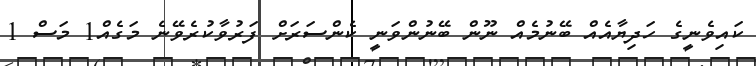
ކައިވެނީގެ ހަދިޔާއެއް ބޭނުމެއް ނޫން ބޭނުންވަނީ ކެންސަރަށް ފަރުވާކުރެވޭނެ މަގެއް1 މަސް 1